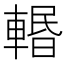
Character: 𨍌